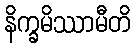
နိက္ခမိဿာမီတိ